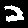
Label: 2